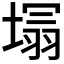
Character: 𭏕